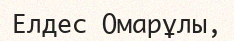
Елдес Омарұлы,